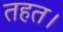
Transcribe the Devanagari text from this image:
तहत।